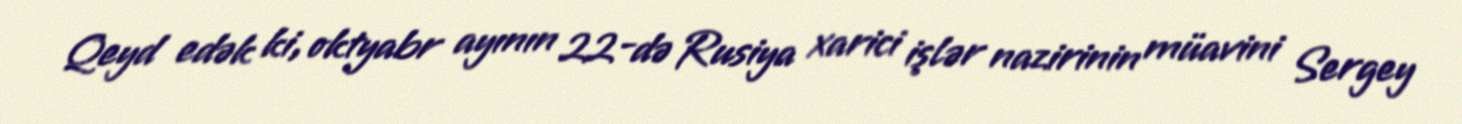
Qeyd edək ki, oktyabr ayının 22-də Rusiya xarici işlər nazirinin müavini Sergey